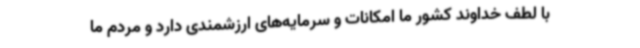
با لطف خداوند کشور ما امکانات و سرمایه‌های ارزشمندی دارد و مردم ما